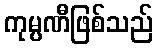
ကုမ္ပဏီဖြစ်သည်